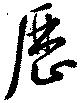
歴